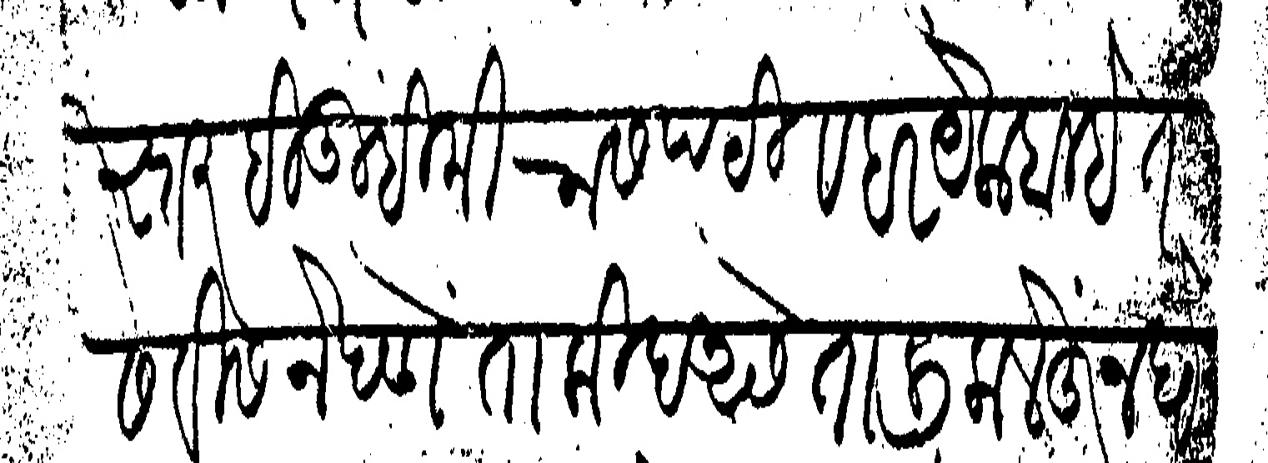
Transliteration (Devanagari): पेस्तरहि तुम्ही मिरासपटी व हरयेक बाबे तसवीस नेदणे ताकीद असे तालीक लेहून घेऊनु